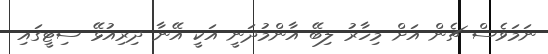
ނަމަވެސް ޗެން އަށް މިހާރު ލިބޭ އާންމުދަނީ އަކީ އޭނާ ދިރިއުޅޭ ސިޓީގައި